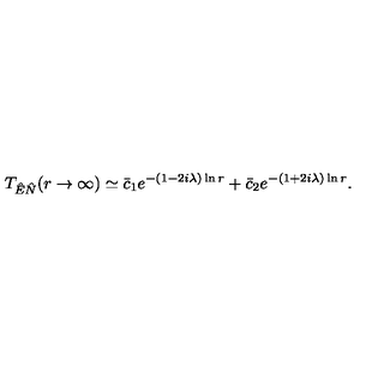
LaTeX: T _ { \hat { E } \hat { N } } ( r \rightarrow \infty ) \simeq \bar { c } _ { 1 } e ^ { - ( 1 - 2 i \lambda ) \ln r } + \bar { c } _ { 2 } e ^ { - ( 1 + 2 i \lambda ) \ln r } .